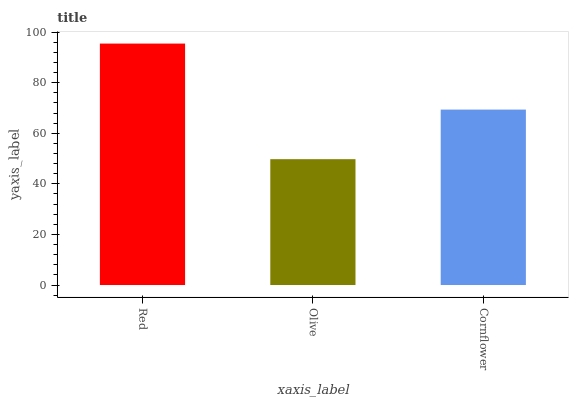
| xaxis_label | bars |
 | --- | --- |
 | Red | 95.5 |
 | Olive | 49.8 |
 | Cornflower | 69.4 |